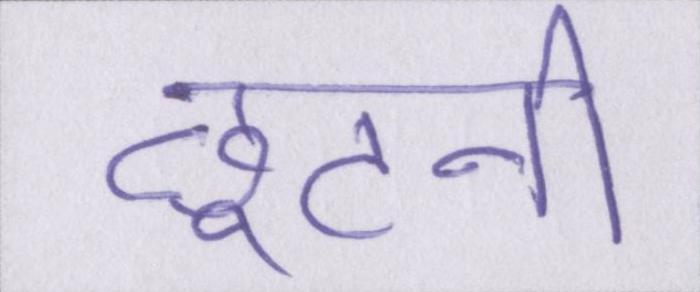
छूटनी